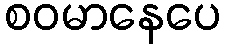
စဝမာနေပေ